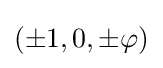
(\pm 1,0,\pm \varphi )